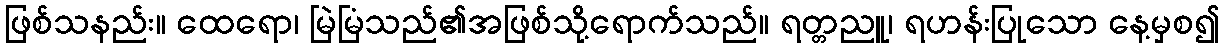
ဖြစ်သနည်း။ ထေရော၊ မြဲမြံသည်၏အဖြစ်သို့ရောက်သည်။ ရတ္တညူ၊ ရဟန်းပြုသော နေ့မှစ၍